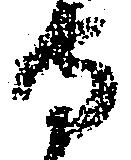
守